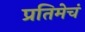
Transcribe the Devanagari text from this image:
प्रतिमेचं